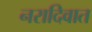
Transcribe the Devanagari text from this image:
नरादिवात